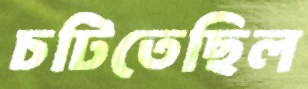
চটিতেছিল